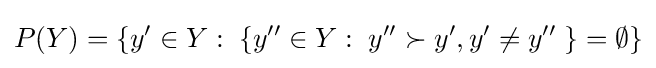
P(Y)=\{y^{\prime }\in Y:\;\{y^{\prime \prime }\in Y:\;y^{\prime \prime }\succ y^{\prime },y^{\prime }\neq y^{\prime \prime }\;\}=\emptyset \}